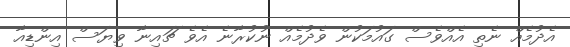
އެދުމެއް ނެތި އެއްވެސް ގައުމަކުން ވެދުމެއް ނުކުރާނެ އެވެ ޗައިނާ ވިޔަސް އިންޑިއާ